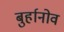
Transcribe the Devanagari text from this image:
बुर्हानोव